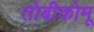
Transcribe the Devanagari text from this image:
तोबीकोमू